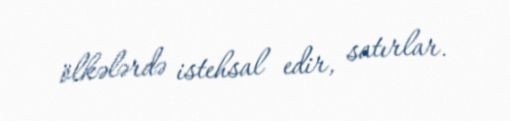
ölkələrdə istehsal edir, satırlar.